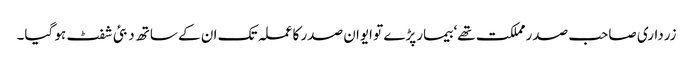
زرداری صاحب صدر مملکت تھے‘ بیمار پڑے تو ایوان صدر کا عملہ تک ان کے ساتھ دبئی شفٹ ہو گیا۔